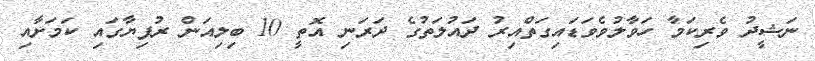
ނަޝީދު ވެރިކަމާ ހަވާލުވެވަޑައިގަތްއިރު ދައުލަތުގެ ދަރަނި އޮތީ 10 ބިލިއަން ރުފިޔާގައި ކަމަށާއި